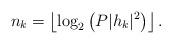
LaTeX: \begin{align*} n_k= \left\lfloor \log_2\left(P|h_k|^2\right)\right\rfloor.\end{align*}